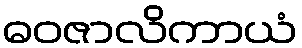
ဓဝဇာလိကာယံ